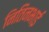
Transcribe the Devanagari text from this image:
नितिनभाई